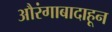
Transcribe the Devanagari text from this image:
औरंगाबादाहून